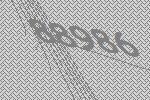
88986